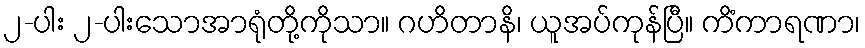
၂-ပါး ၂-ပါးသောအာရုံတို့ကိုသာ။ ဂဟိတာနိ၊ ယူအပ်ကုန်ပြီ။ ကိံကာရဏာ၊